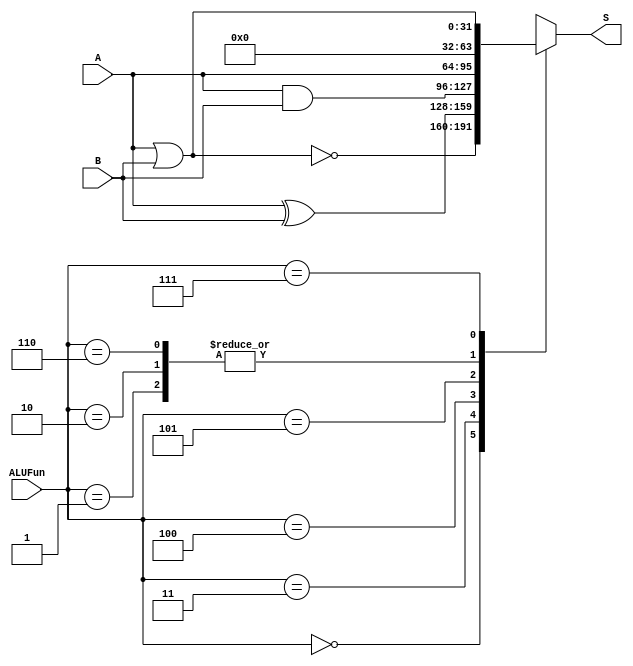
module ALU_Boolean (
	input [31:0] A,
	input [31:0] B,
	input [2:0] ALUFun,
	output reg [31:0] S
);

always @(*) begin : proc_logic
	case (ALUFun[2:0])
		3'b000:  S = ~(A | B);
		3'b001:  S = 0;
		3'b010:  S = 0;
		3'b011:  S = A ^ B;
		3'b100:	 S = A & B;
		3'b101:  S  = A;
		3'b110:  S = 0;
		3'b111:  S = A | B;
	endcase
end

endmodule